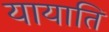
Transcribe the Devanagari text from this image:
यायाति